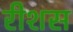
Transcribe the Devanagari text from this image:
रीशस